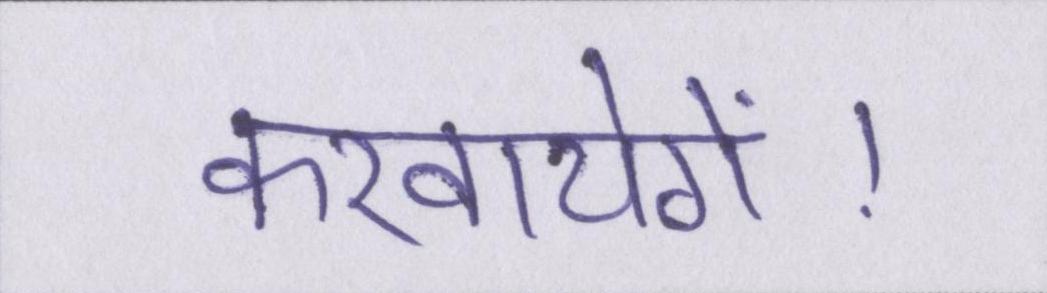
करवायेगें।